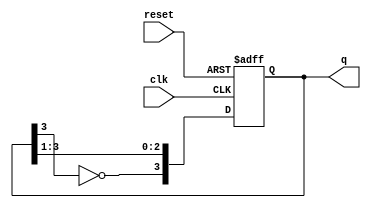
module johnson_counter (
    input wire clk,        // Clock input
    input wire reset,      // Asynchronous reset
    output reg [3:0] q     // 4-bit output
);

// Always block for the Johnson counter
always @(posedge clk or posedge reset) begin
    if (reset) begin
        q <= 4'b0000;      // Reset the counter to 0000
    end else begin
        q <= {~q[3], q[3:1]}; // Shift right and feed inverted last bit to first bit
    end
end

endmodule